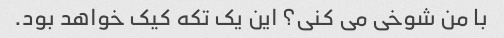
با من شوخی می کنی؟ این یک تکه کیک خواهد بود.